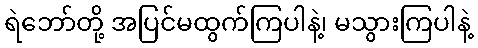
ရဲဘော်တို့ အပြင်မထွက်ကြပါနဲ့၊ မသွားကြပါနဲ့